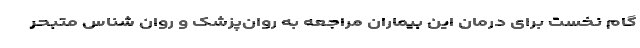
گام نخست برای درمان این بیماران مراجعه به روان‌پزشک و روان شناس متبحر